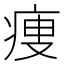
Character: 痩